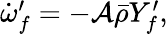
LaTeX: \begin{array}{r}{\dot{\omega}_{f}^{\prime}=-\mathcal{A}\bar{\rho}Y_{f}^{\prime},}\end{array}